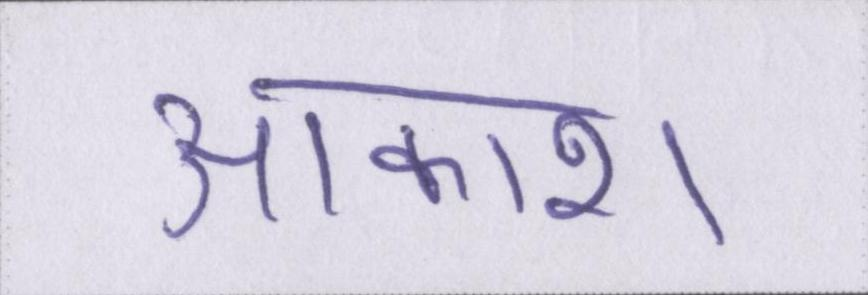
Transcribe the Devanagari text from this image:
आकाश